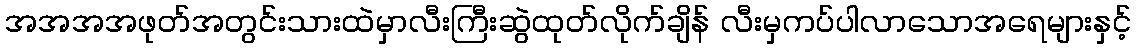
အအအအဖုတ်အတွင်းသားထဲမှာလီးကြီးဆွဲထုတ်လိုက်ချိန် လီးမှကပ်ပါလာသောအရေများနှင့်